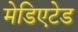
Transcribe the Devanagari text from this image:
मेडिएटेड